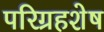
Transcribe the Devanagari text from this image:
परिग्रहशेष